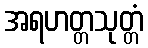
အရဟတ္တသုတ္တံ